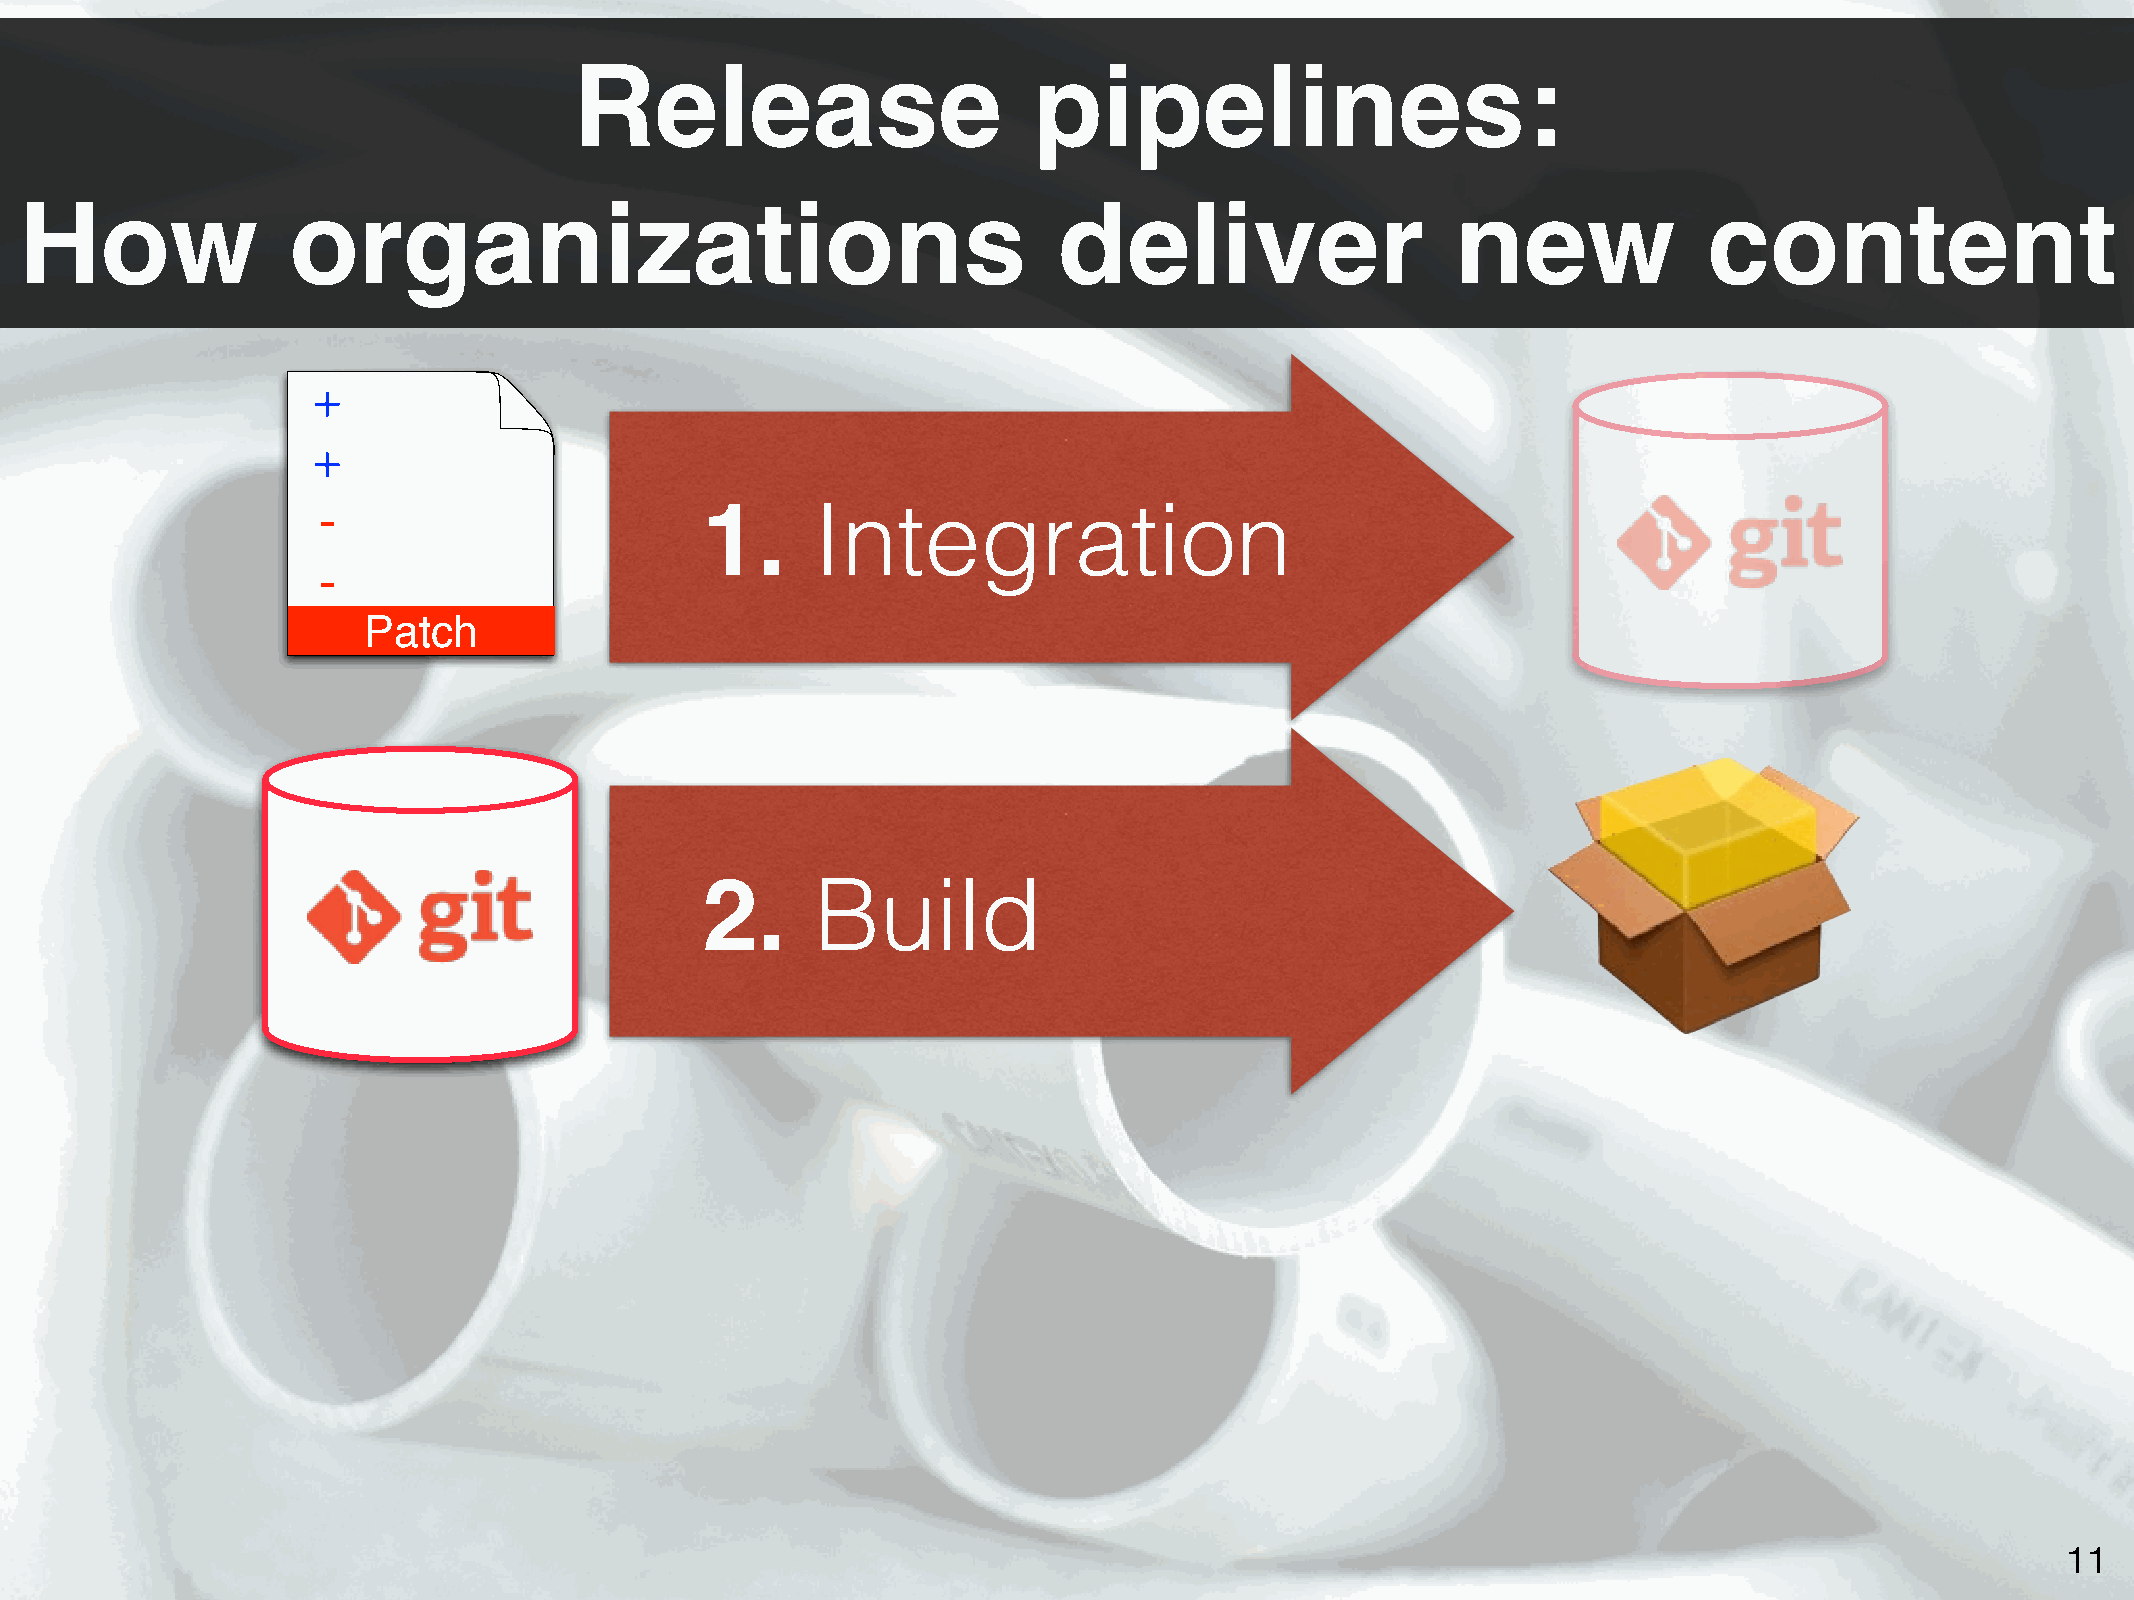
Release                       pipelines:
 How               organizations                                      deliver                   new              content
 +
 +
 -                        1.      Integration
 -
 Patch
 2.      Build
 11